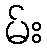
မ်း